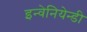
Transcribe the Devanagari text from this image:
इन्वेनियेन्डी